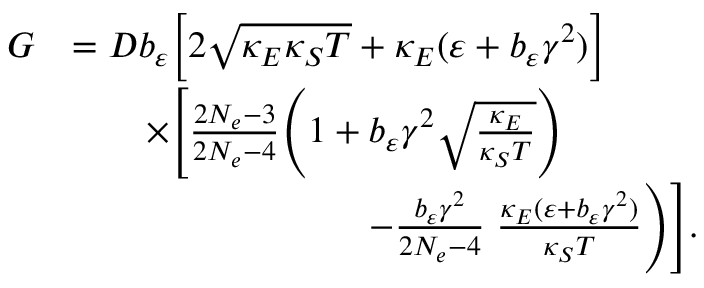
\begin{array} { r l } { G } & { = D b _ { \varepsilon } \bigg [ 2 \sqrt { \kappa _ { E } \kappa _ { S } T } + \kappa _ { E } ( \varepsilon + b _ { \varepsilon } \gamma ^ { 2 } ) \bigg ] } \\ & { \qquad \times \Bigg [ \frac { 2 N _ { e } - 3 } { 2 N _ { e } - 4 } \Bigg ( 1 + b _ { \varepsilon } \gamma ^ { 2 } \sqrt { \frac { \kappa _ { E } } { \kappa _ { S } T } } \Bigg ) } \\ & { \qquad \qquad \qquad \qquad - \frac { b _ { \varepsilon } \gamma ^ { 2 } } { 2 N _ { e } - 4 } \; \frac { \kappa _ { E } ( \varepsilon + b _ { \varepsilon } \gamma ^ { 2 } ) } { \kappa _ { S } T } \Bigg ) \Bigg ] . } \end{array}